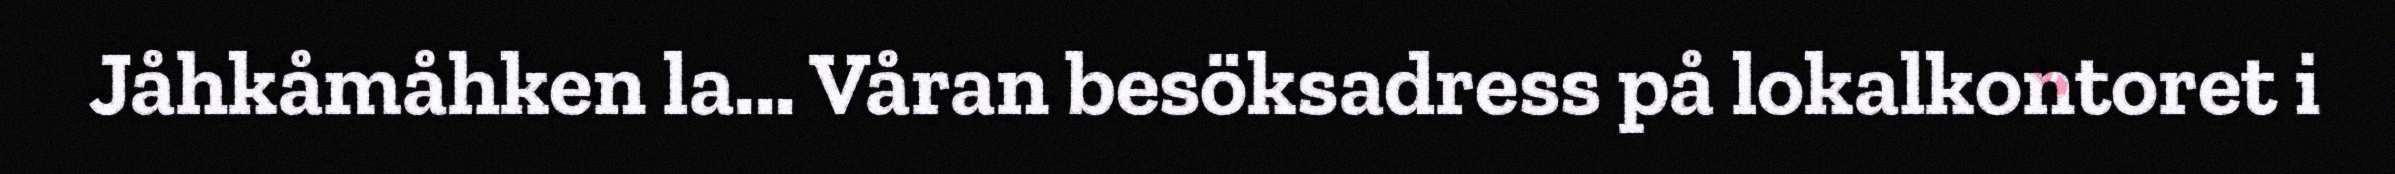
Jåhkåmåhken la... Våran besöksadress på lokalkontoret i